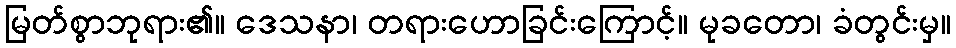
မြတ်စွာဘုရား၏။ ဒေသနာ၊ တရားဟောခြင်းကြောင့်။ မုခတော၊ ခံတွင်းမှ။